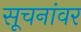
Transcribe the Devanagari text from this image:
सूचनांवर